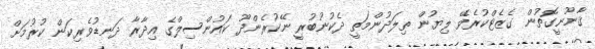
ޤާނޫނީގޮތުން ގެޒެޓްކުރެވޭ ލިޔުން ތިލަދުންމަތީ ދެކުނުބުރީ ނޭކުރެންދޫ ކައުންސިލްގެ އިދާރާ ދަނޑުވެރިކަން ކުރުމަށް